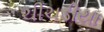
ચીચડીયા